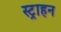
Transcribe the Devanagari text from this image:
स्ट्राहन